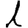
Digit: 1